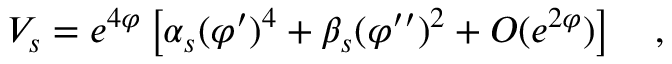
V _ { s } = e ^ { 4 \varphi } \left[ \alpha _ { s } ( \varphi ^ { \prime } ) ^ { 4 } + \beta _ { s } ( \varphi ^ { \prime \prime } ) ^ { 2 } + O ( e ^ { 2 \varphi } ) \right] ~ ~ ~ ,